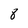
Character: 8